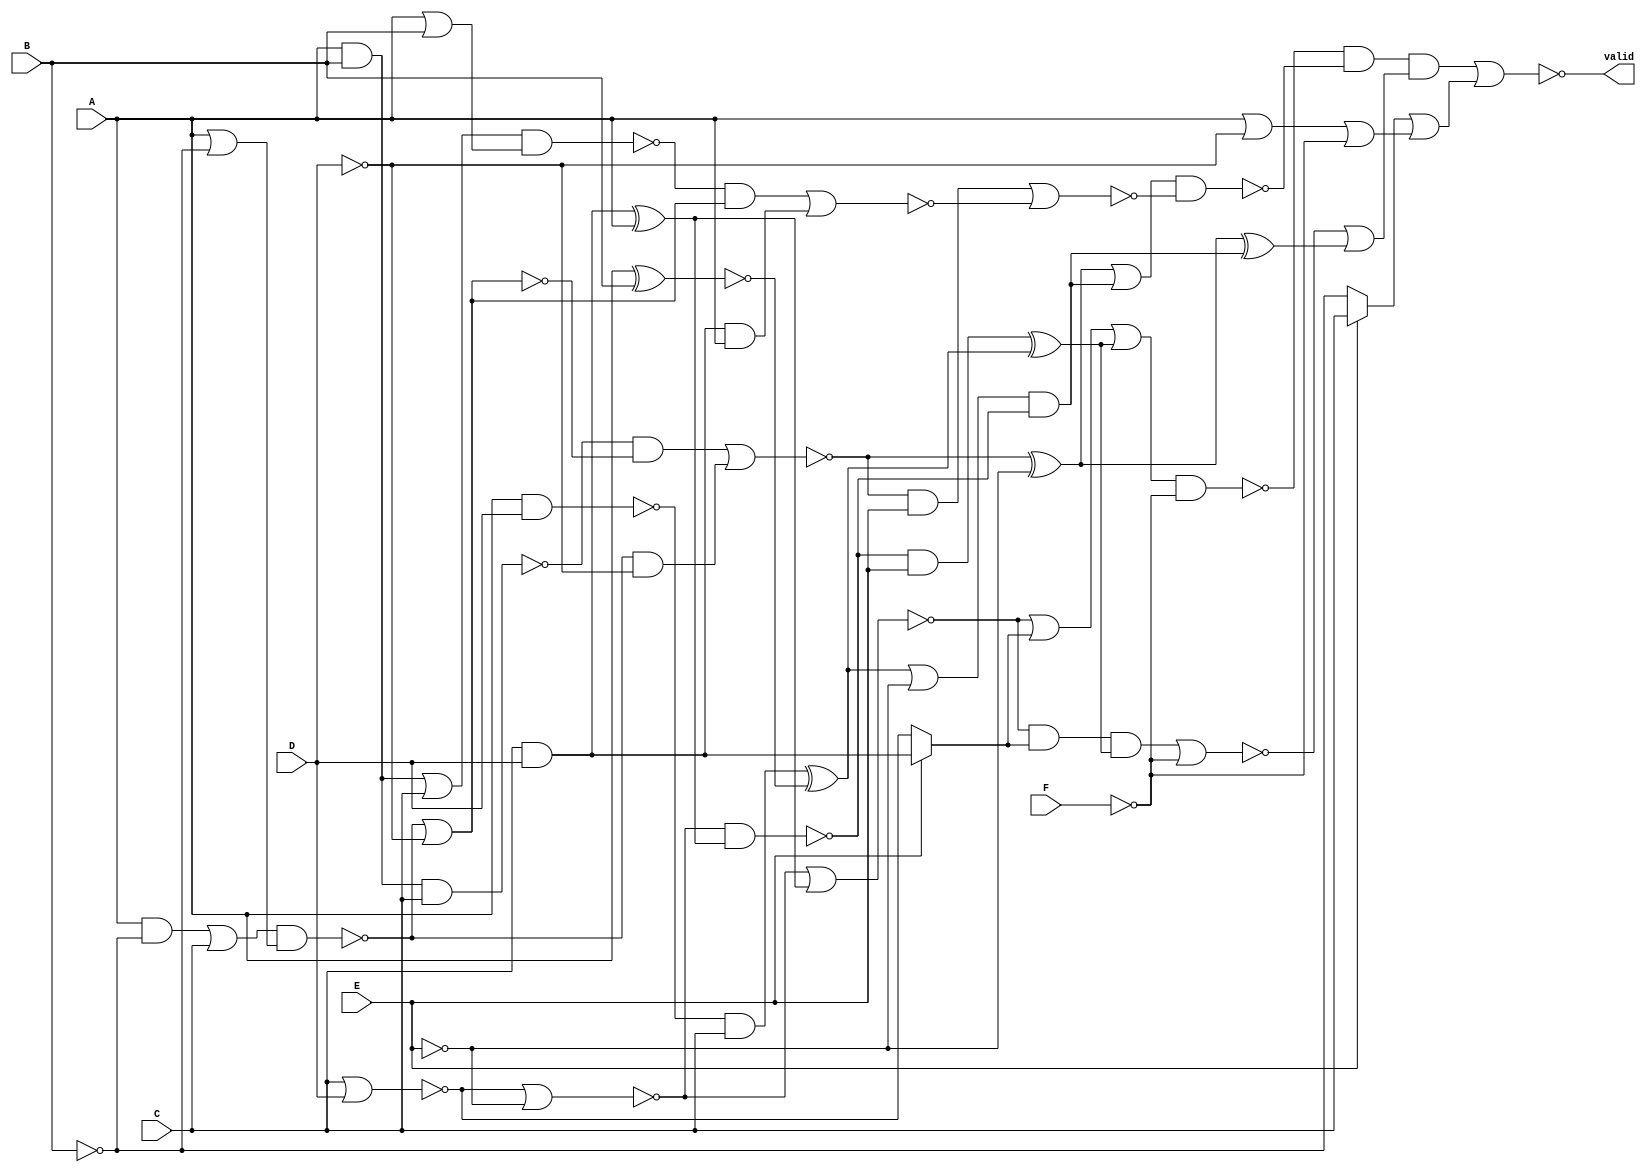
module harder2_multi(A, B, C, D, E, F, valid);
  wire _00_;
  wire _01_;
  wire _02_;
  wire _03_;
  wire _04_;
  wire _05_;
  wire _06_;
  wire _07_;
  wire _08_;
  wire _09_;
  wire _10_;
  wire _11_;
  wire _12_;
  wire _13_;
  wire _14_;
  wire _15_;
  wire _16_;
  wire _17_;
  wire _18_;
  wire _19_;
  wire _20_;
  wire _21_;
  wire _22_;
  wire _23_;
  wire _24_;
  wire _25_;
  wire _26_;
  wire _27_;
  wire _28_;
  wire _29_;
  wire _30_;
  wire _31_;
  wire _32_;
  wire _33_;
  wire _34_;
  wire _35_;
  wire _36_;
  wire _37_;
  wire _38_;
  wire _39_;
  wire _40_;
  wire _41_;
  wire _42_;
  wire _43_;
  wire _44_;
  (* src = "harder2_multi.v:3" *)
  input A;
  (* src = "harder2_multi.v:3" *)
  input B;
  (* src = "harder2_multi.v:3" *)
  input C;
  (* src = "harder2_multi.v:3" *)
  input D;
  (* src = "harder2_multi.v:3" *)
  input E;
  (* src = "harder2_multi.v:3" *)
  input F;
  (* src = "harder2_multi.v:9" *)
  wire [7:0] total_value;
  (* src = "harder2_multi.v:4" *)
  output valid;
  assign _43_ = C & D;
  assign _44_ = _43_ ^ A;
  assign _00_ = ~E;
  assign _01_ = ~(C | D);
  assign _02_ = ~(_01_ | _00_);
  assign _03_ = ~(_02_ & _44_);
  assign _04_ = ~(A ^ B);
  assign _05_ = ~(A & D);
  assign _06_ = _05_ & C;
  assign _07_ = _06_ ^ _04_;
  assign _08_ = _07_ | _00_;
  assign _09_ = _08_ & _03_;
  assign _10_ = ~D;
  assign _11_ = ~B;
  assign _12_ = A | _11_;
  assign _13_ = A & _11_;
  assign _14_ = ~((_13_ | C) & _12_);
  assign _15_ = _14_ & _10_;
  assign _16_ = ~(_14_ | _10_);
  assign _17_ = A & B;
  assign _18_ = ~(_17_ & C);
  assign _19_ = ~((_18_ & _16_) | _15_);
  assign _20_ = _19_ ^ _00_;
  assign _21_ = _20_ ^ _09_;
  assign _22_ = ~F;
  assign _23_ = _03_ & E;
  assign _24_ = _23_ ^ _07_;
  assign _25_ = E ? _43_ : _01_;
  assign _26_ = ~(_02_ | _44_);
  assign _27_ = _26_ & _25_;
  assign _28_ = ~((_27_ & _24_) | _22_);
  assign _29_ = _28_ | _21_;
  assign _30_ = _14_ | _10_;
  assign _31_ = A | B;
  assign _32_ = ~((_17_ | C) & _31_);
  assign _33_ = ~((_32_ & _30_) | (_43_ & A));
  assign _34_ = ~((_19_ & E) | _33_);
  assign _35_ = ~((_20_ | _09_) & _34_);
  assign _36_ = _26_ | _25_;
  assign _37_ = ~((_36_ | _24_) & _22_);
  assign _38_ = _37_ & _35_;
  assign _39_ = A | _10_;
  assign _40_ = _39_ | _22_;
  assign _41_ = E ? C : _11_;
  assign _42_ = _41_ | _40_;
  assign valid = ~((_38_ & _29_) | _42_);
  assign total_value[1:0] = { E, 1'b0 };
endmodule